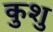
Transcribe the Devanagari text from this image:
कुशु